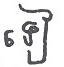
ទៀ